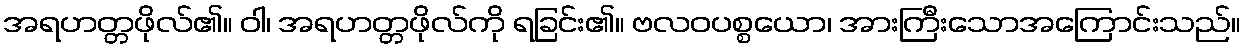
အရဟတ္တဖိုလ်၏။ ဝါ၊ အရဟတ္တဖိုလ်ကို ရခြင်း၏။ ဗလဝပစ္စယော၊ အားကြီးသောအကြောင်းသည်။